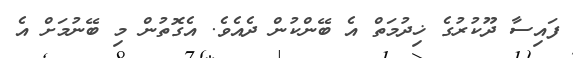
ފައިސާ ދޫކުރުގެ ޚިދުމަތް އެ ބޭންކުން ދެއެވެ. އެގޮތުން މި ބޭނުމަށް އެ